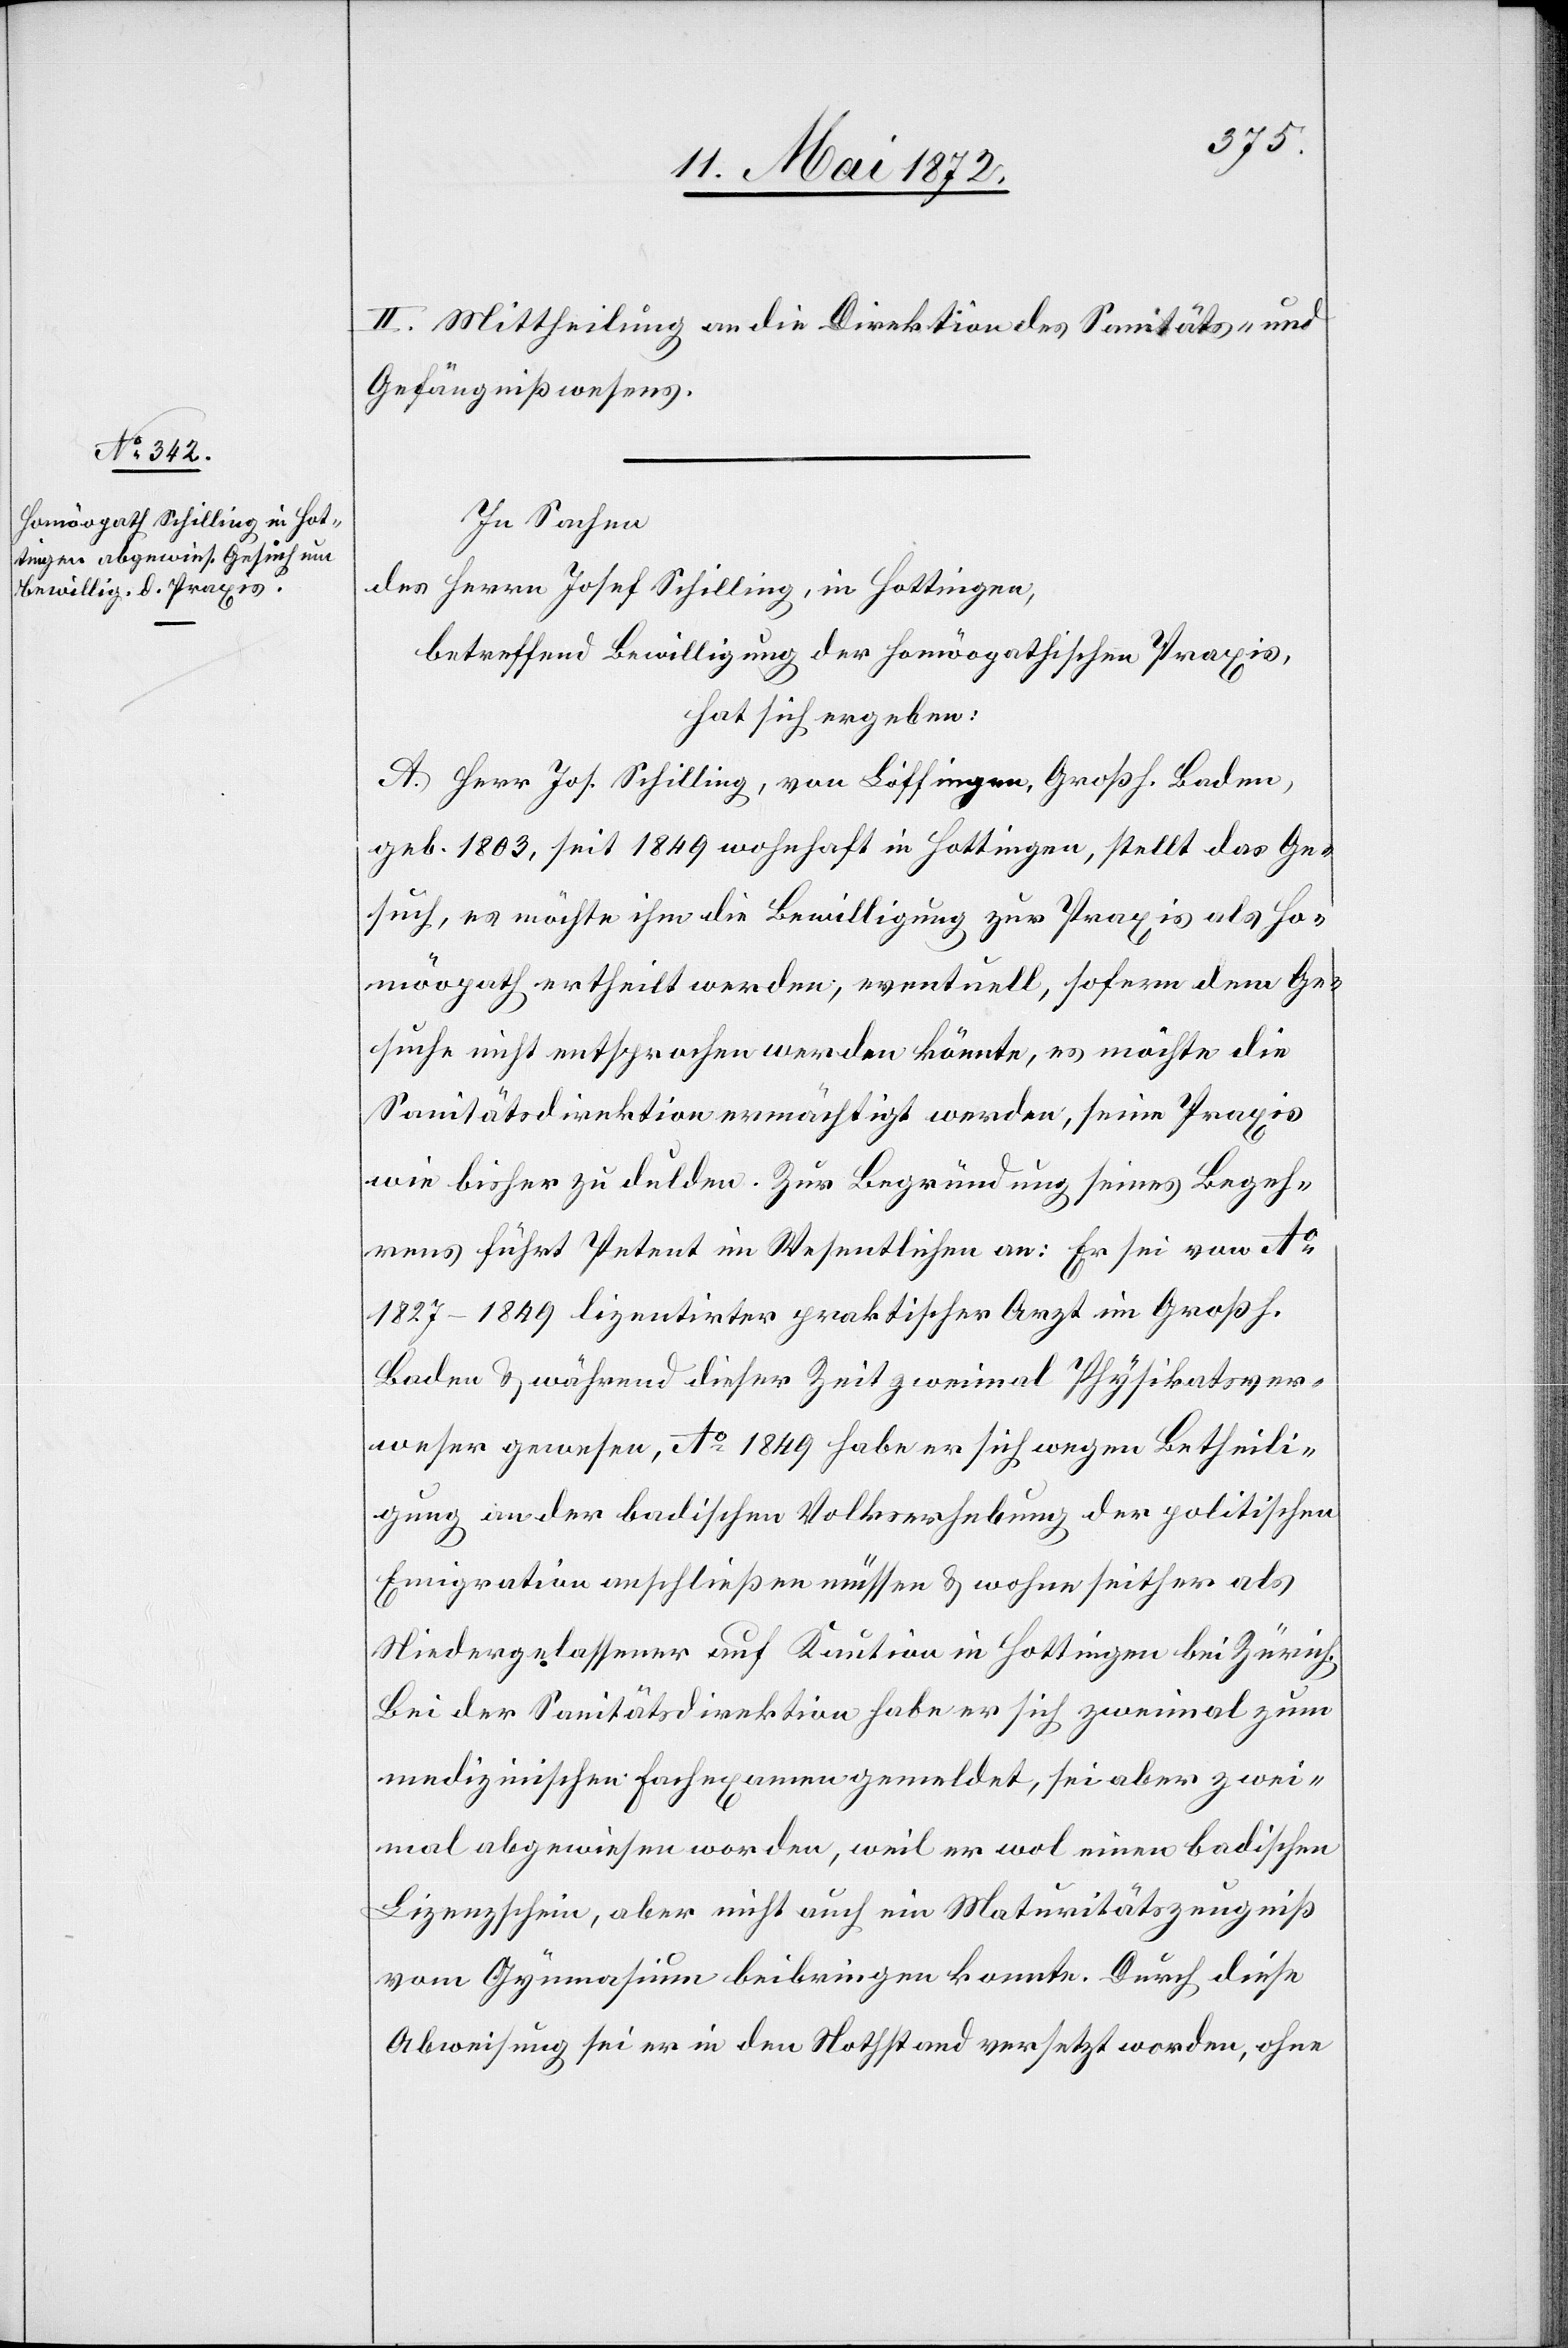
2. Mittheilung an die Direktion des Sanitäts- und
Gefängnißwesens.
In Sachen
des Herrn Josef Schilling, in Hottingen,
betreffend Bewilligung der homöopathischen Praxis,
hat sich ergeben:
A. Herr Jos. Schilling, von Löffingen, Großh. Baden,
geb. 1803, seit 1849 wohnhaft in Hottingen, stellt das Ge¬
such, es möchte ihm die Bewilligung zur Praxis als Ho¬
möopath ertheilt werden; eventuell, sofern dem Ge¬
suche nicht entsprochen werden könnte, es möchte die
Sanitätsdirektion ermächtigt werden, seine Praxis
wie bisher zu dulden. Zur Begründung seines Begeh¬
rens führt Petent im Wesentlichen an: Er sei von Ao
1827–1849 lizentirter praktischer Arzt im Großh.
Baden u. während dieser Zeit zweimal Physikatsver¬
weser gewesen, Ao 1849 habe er sich wegen Betheili¬
gung an den badischen Volkserhebung der politischen
Emigration anschließen müssen u. wohne seither als
Niedergelassener auf Kaution in Hottingen bei Zürich.
Bei der Sanitätsdirektion habe er sich zweimal zum
medizinischen Fachexamen gemeldet, sei aber zwei¬
mal abgewiesen worden, weil er wol einen badischen
Lizenzschein, aber nicht auch ein Maturitätszeugniß
vom Gymnasium beibringen konnte. Durch diese
Abweisung sei er in den Nothstand versetzt worden, ohne